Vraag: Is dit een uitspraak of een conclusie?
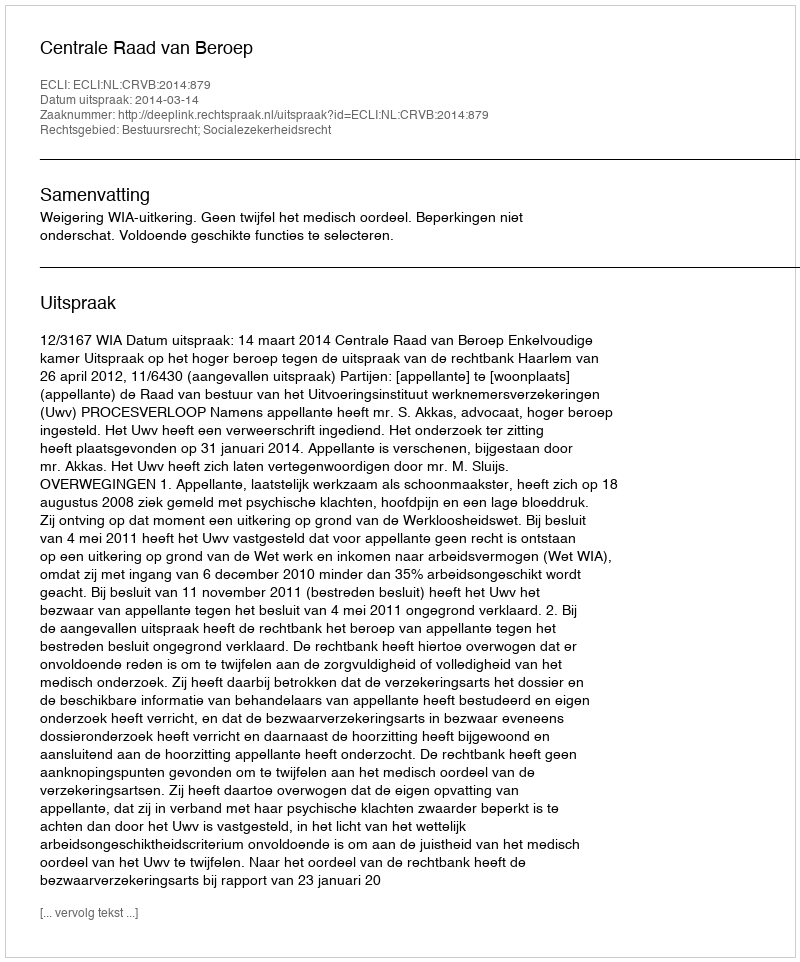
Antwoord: Uitspraak